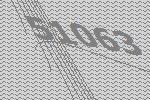
51063